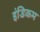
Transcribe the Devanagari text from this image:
इंडिकम